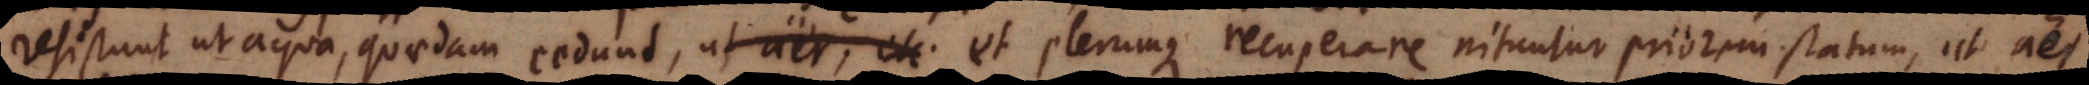
resistunt ut aqua, quaedam cedunt, ut aër, etc. et plerumque recuperare nituntur priorem statum, ut aër.